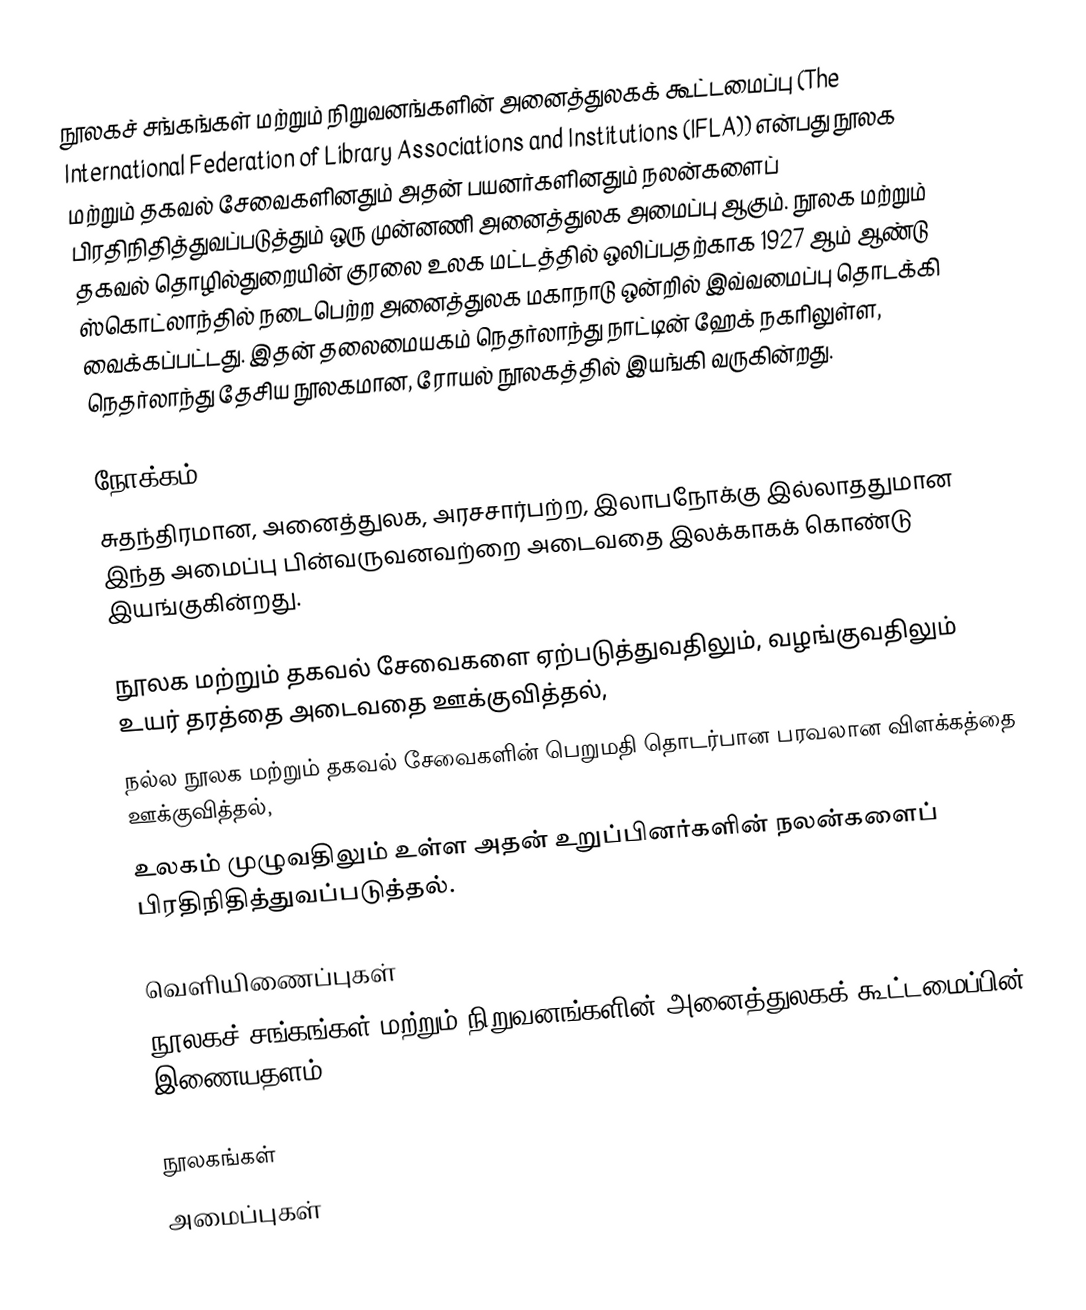
நூலகச் சங்கங்கள் மற்றும் நிறுவனங்களின் அனைத்துலகக் கூட்டமைப்பு (The International Federation of Library Associations and Institutions (IFLA)) என்பது நூலக மற்றும் தகவல் சேவைகளினதும் அதன் பயனர்களினதும் நலன்களைப் பிரதிநிதித்துவப்படுத்தும் ஒரு முன்னணி அனைத்துலக அமைப்பு ஆகும். நூலக மற்றும் தகவல் தொழில்துறையின் குரலை உலக மட்டத்தில் ஒலிப்பதற்காக 1927 ஆம் ஆண்டு ஸ்கொட்லாந்தில் நடைபெற்ற அனைத்துலக மகாநாடு ஒன்றில் இவ்வமைப்பு தொடக்கி வைக்கப்பட்டது. இதன் தலைமையகம் நெதர்லாந்து நாட்டின் ஹேக் நகரிலுள்ள, நெதர்லாந்து தேசிய நூலகமான, ரோயல் நூலகத்தில் இயங்கி வருகின்றது.

நோக்கம்
சுதந்திரமான, அனைத்துலக, அரசசார்பற்ற, இலாபநோக்கு இல்லாததுமான இந்த அமைப்பு பின்வருவனவற்றை அடைவதை இலக்காகக் கொண்டு இயங்குகின்றது.

 நூலக மற்றும் தகவல் சேவைகளை ஏற்படுத்துவதிலும், வழங்குவதிலும் உயர் தரத்தை அடைவதை ஊக்குவித்தல்,
 நல்ல நூலக மற்றும் தகவல் சேவைகளின் பெறுமதி தொடர்பான பரவலான விளக்கத்தை ஊக்குவித்தல்,
 உலகம் முழுவதிலும் உள்ள அதன் உறுப்பினர்களின் நலன்களைப் பிரதிநிதித்துவப்படுத்தல்.

வெளியிணைப்புகள்
 நூலகச் சங்கங்கள் மற்றும் நிறுவனங்களின் அனைத்துலகக் கூட்டமைப்பின் இணையதளம்

நூலகங்கள்
அமைப்புகள்